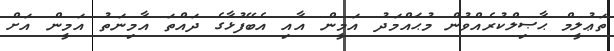
ތަޢުލީމް ޙާޞިލްކުރެއްވުން މުޙައްމަދު އަމީން އާއި އެބޭފުޅާގެ ދައްތަ އާމިނަތު އަމީން އަށް